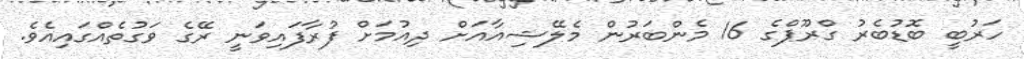
ހަރުބީ ބޮޑުބެރު ގްރޫޕްގެ 16 މެންބަރުން މެލޭޝިއާއަށް ދިއުމަށް ފުރާފައިވަނީ ރޭގެ ވަގުތެއްގައިއެވެ.